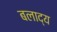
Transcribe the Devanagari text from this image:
बलाद्य